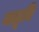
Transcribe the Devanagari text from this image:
जळूनि